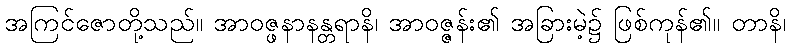
အကြင်ဇောတို့သည်။ အာဝဇ္ဖနာနန္တရာနိ၊ အာဝဇ္ဇန်း၏ အခြားမဲ့၌ ဖြစ်ကုန်၏။ တာနိ၊